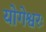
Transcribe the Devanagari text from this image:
योगेश्वरः